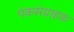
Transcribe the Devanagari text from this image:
पंकसंग्राहक